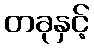
တခုနှင့်